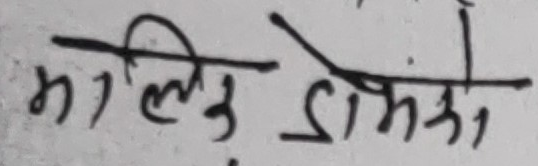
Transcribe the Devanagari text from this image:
मलिङ्ग डोम्के,